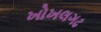
ખોખલગઢ